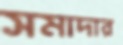
সমাদার